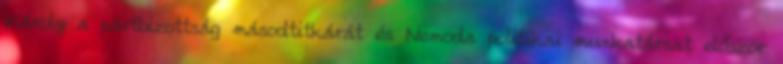
Károly a pártbizottság másodtitkárát és Nemoda politikai munkatársat először